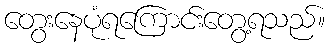
တွေးနေပုံရကြောင်းတွေ့ရသည်။